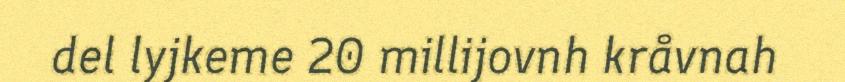
del lyjkeme 20 millijovnh kråvnah